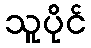
သူပိုင်